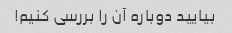
بیایید دوباره آن را بررسی کنیم!